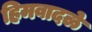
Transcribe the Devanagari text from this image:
हिमवादळे